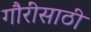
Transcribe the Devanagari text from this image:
गौरींसाठी